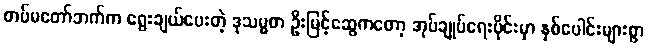
တပ်မတော်ဘက်က ရွေးချယ်ပေးတဲ့ ဒုသမ္မတ ဦးမြင့်ဆွေကတော့ အုပ်ချုပ်ရေးပိုင်းမှာ နှစ်ပေါင်းများစွာ